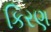
કિરણ